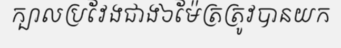
ក្បាលប្រវែងជាង៦ម៉ែត្រត្រូវបានយក